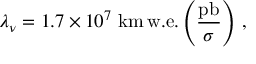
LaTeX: \lambda _ { \nu } = 1 . 7 \times 1 0 ^ { 7 } ~ \mathrm { k m } \, \mathrm { w . e . } \left( \frac { \mathrm { p b } } { \sigma } \right) \, ,